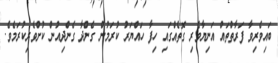
ބައިވެރިވާ ފަރާތްތައް އަނިޔާވެރި ގޮތެއްގައި ހިފާ ހައްޔަރު ކުރަމުން ގެންދާ ގެންދިއުން ކުށްވެރިކުރަމެވެ.